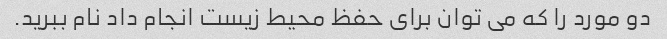
دو مورد را که می توان برای حفظ محیط زیست انجام داد نام ببرید.